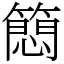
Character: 䉍